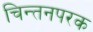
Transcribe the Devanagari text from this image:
चिन्तनपरक